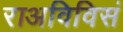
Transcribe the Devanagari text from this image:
राअविविसं